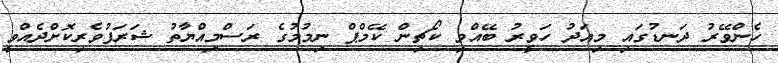
ހެންވޭރު ދަނޑުގައި މިއަދު ހަވީރު ބޭއްވި ކޯޗިން ކޭމްޕް ނިމުމުގެ ރަސްމިއްޔާތު ޝަރަފުވެރިކޮށްދެއްވީ